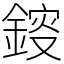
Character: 䤹